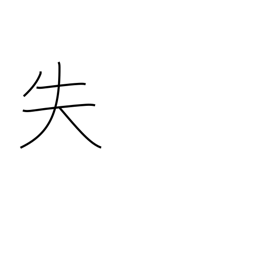
Meaning: error